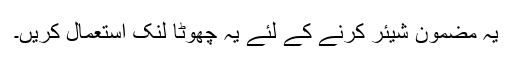
یہ مضمون شیئر کرنے کے لئے یہ چھوٹا لنک استعمال کریں۔